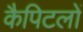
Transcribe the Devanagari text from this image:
कैपिटलों